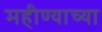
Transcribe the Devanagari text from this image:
महीण्याच्या